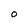
Character: O